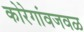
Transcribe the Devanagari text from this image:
कोरेगांवजवळ